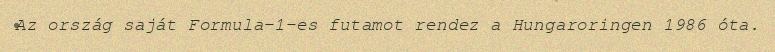
Az ország saját Formula–1-es futamot rendez a Hungaroringen 1986 óta.